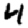
Digit: 4